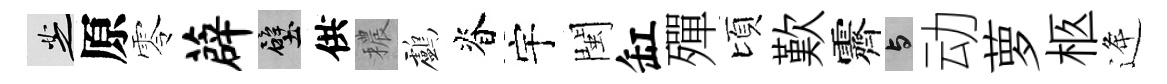
芝原零薜壁供穠鸕脊宇閩缸殫頃歎霽与动萝柩逄